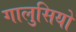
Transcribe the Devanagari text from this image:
गालुसियो